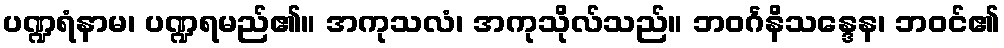
ပဏ္ဍရံနာမ၊ ပဏ္ဍရမည်၏။ အကုသလံ၊ အကုသိုလ်သည်။ ဘဝင်္ဂနိသန္ဒေန၊ ဘဝင်၏